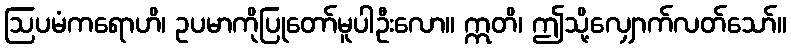
ဩပမံကရောဟိ၊ ဥပမာကိုပြုတော်မူပါဦးလော။ ဣတိ၊ ဤသို့လျှောက်လတ်သော်။